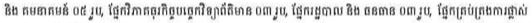
និង គមនាគមន៍ ០៥ រូប, ផ្នែកវិភាគធុរកិច្ចបច្ចេកវិទ្យាព័ត៌មាន ០៣ រូប, ផ្នែករដ្ឋបាល និង ធនធាន ០៣ រូប, ផ្នែកគ្រប់គ្រងការផ្លាស់